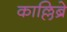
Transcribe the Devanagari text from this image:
काल्लिब्रे